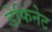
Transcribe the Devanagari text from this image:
डेफिनेट